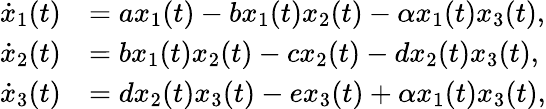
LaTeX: \begin{array}{rl}{\dot{x}_{1}(t)}&{=ax_{1}(t)-bx_{1}(t)x_{2}(t)-\alpha x_{1}(t)x_{3}(t),}\\ {\dot{x}_{2}(t)}&{=bx_{1}(t)x_{2}(t)-cx_{2}(t)-dx_{2}(t)x_{3}(t),}\\ {\dot{x}_{3}(t)}&{=dx_{2}(t)x_{3}(t)-ex_{3}(t)+\alpha x_{1}(t)x_{3}(t),}\end{array}